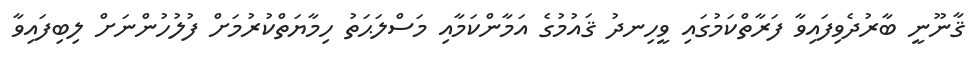
ޤާނޫނީ ބާރުދެވިފައިވާ ފަރާތްކަމުގައި ވީހިނދު ޤައުމުގެ އަމާންކަމާއި މަސްލަޙަތު ހިމާޔަތްކުރުމަށް ފުލުހުންނަށް ލިބިފައިވާ